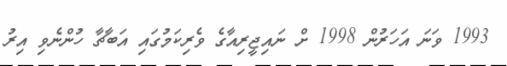
1993 ވަނަ އަހަރުން 1998 ށް ނައިޖީރިއާގެ ވެރިކަމުގައި އަބާޗާ ހުންނެވި އިރު